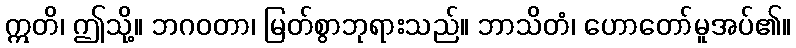
ဣတိ၊ ဤသို့။ ဘဂဝတာ၊ မြတ်စွာဘုရားသည်။ ဘာသိတံ၊ ဟောတော်မူအပ်၏။